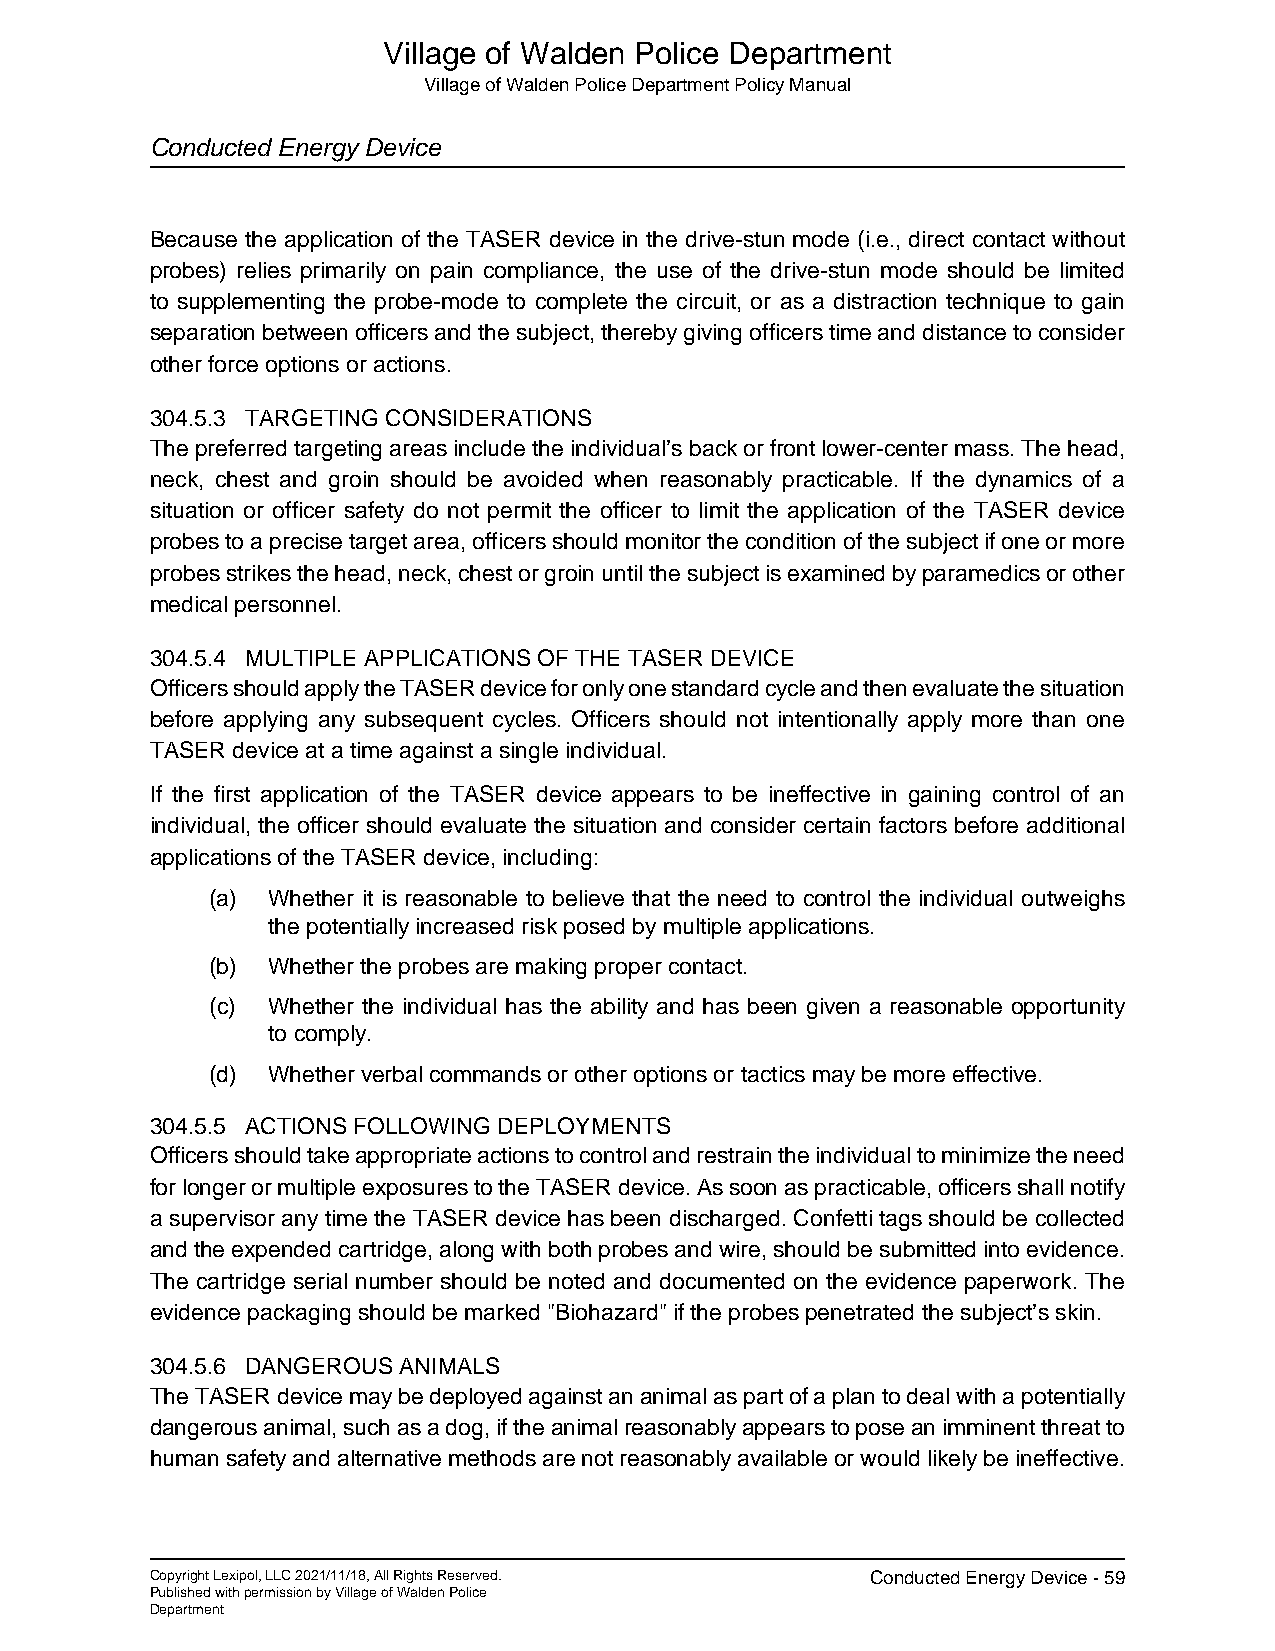
Village of Walden Police Department
 Village of Walden Police Department Policy Manual
 Conducted Energy Device
 Because the application of the TASER device in the drive-stun mode (i.e., direct contact without
 probes) relies primarily on pain compliance, the use of the drive-stun mode should be limited
 to supplementing the probe-mode to complete the circuit, or as a distraction technique to gain
 separation between officers and the subject, thereby giving officers time and distance to consider
 other force options or actions.
 304.5.3 TARGETING CONSIDERATIONS
 The preferred targeting areas include the individual’s back or front lower-center mass. The head,
 neck, chest and groin should be avoided when reasonably practicable. If the dynamics of a
 situation or officer safety do not permit the officer to limit the application of the TASER device
 probes to a precise target area, officers should monitor the condition of the subject if one or more
 probes strikes the head, neck, chest or groin until the subject is examined by paramedics or other
 medical personnel.
 304.5.4 MULTIPLE APPLICATIONS OF THE TASER DEVICE
 Officers should apply the TASER device for only one standard cycle and then evaluate the situation
 before applying any subsequent cycles. Officers should not intentionally apply more than one
 TASER device at a time against a single individual.
 If the first application of the TASER device appears to be ineffective in gaining control of an
 individual, the officer should evaluate the situation and consider certain factors before additional
 applications of the TASER device, including:
 (a) Whether it is reasonable to believe that the need to control the individual outweighs
 the potentially increased risk posed by multiple applications.
 (b) Whether the probes are making proper contact.
 (c) Whether the individual has the ability and has been given a reasonable opportunity
 to comply.
 (d) Whether verbal commands or other options or tactics may be more effective.
 304.5.5 ACTIONS FOLLOWING DEPLOYMENTS
 Officers should take appropriate actions to control and restrain the individual to minimize the need
 for longer or multiple exposures to the TASER device. As soon as practicable, officers shall notify
 a supervisor any time the TASER device has been discharged. Confetti tags should be collected
 and the expended cartridge, along with both probes and wire, should be submitted into evidence.
 The cartridge serial number should be noted and documented on the evidence paperwork. The
 evidence packaging should be marked "Biohazard" if the probes penetrated the subject’s skin.
 304.5.6 DANGEROUS ANIMALS
 The TASER device may be deployed against an animal as part of a plan to deal with a potentially
 dangerous animal, such as a dog, if the animal reasonably appears to pose an imminent threat to
 human safety and alternative methods are not reasonably available or would likely be ineffective.
 Copyright Lexipol, LLC 2021/11/18, All Rights Reserved. Conducted Energy Device - 59
 Published with permission by Village of Walden Police
 Department